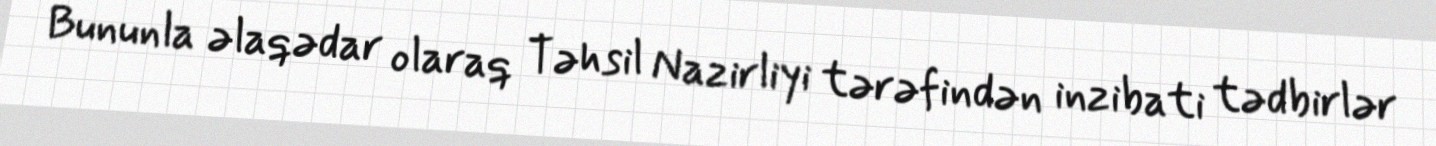
Bununla əlaqədar olaraq Təhsil Nazirliyi tərəfindən inzibati tədbirlər